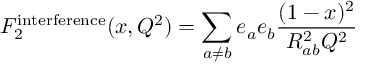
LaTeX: F _ { 2 } ^ { \mathrm { i n t e r f e r e n c e } } ( x , Q ^ { 2 } ) = \sum _ { a \ne b } e _ { a } e _ { b } { \frac { ( 1 - x ) ^ { 2 } } { R _ { a b } ^ { 2 } Q ^ { 2 } } }